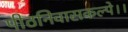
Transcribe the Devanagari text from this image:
पीठनिवासकल्पे।।